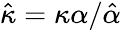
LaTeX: \hat{\kappa}=\kappa\alpha/\hat{\alpha}